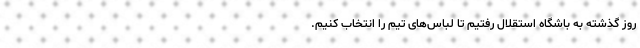
روز گذشته به باشگاه استقلال رفتیم تا لباس‌های تیم را انتخاب کنیم.